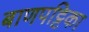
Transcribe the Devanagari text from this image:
बाणपट्टिका